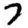
Digit: 7